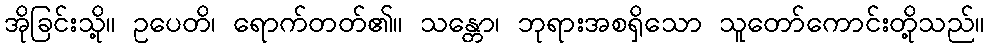
အိုခြင်းသို့။ ဥပေတိ၊ ရောက်တတ်၏။ သန္တော၊ ဘုရားအစရှိသော သူတော်ကောင်းတို့သည်။